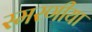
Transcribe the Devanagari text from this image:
स्मरणीया